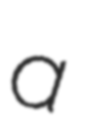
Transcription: a